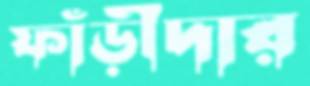
ফাঁড়ীদার